Annual report of the Punjab Veterinary College and of the Civil Veterinary Department, Punjab - 1926-1932
Year: 1926
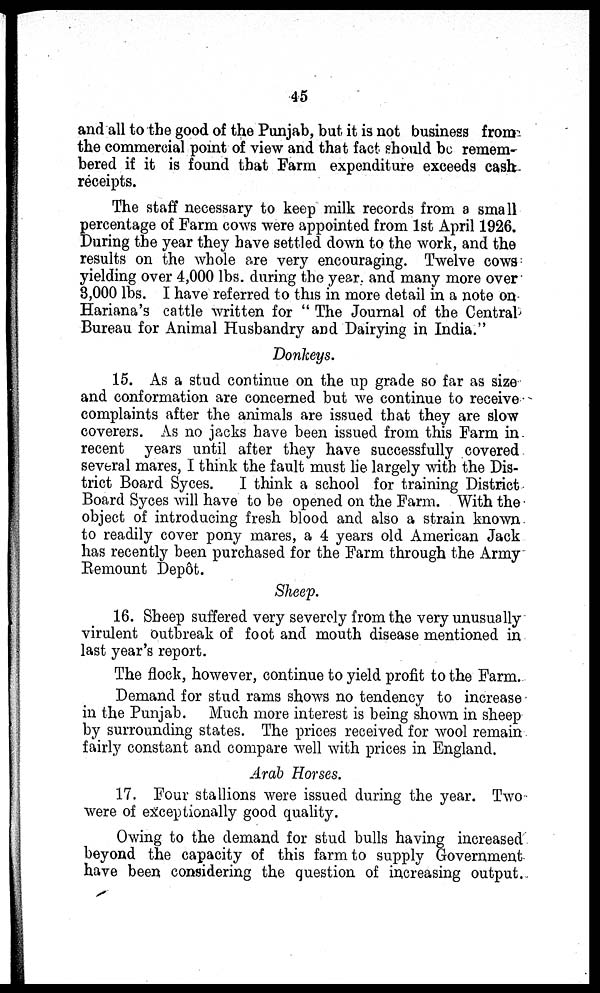
45
and all to the good of the Punjab, but it is not business from
the commercial point of view and that fact should be remem-
bered if it is found that Farm expenditure exceeds cash
receipts.
The staff necessary to keep milk records from a small
percentage of Farm cows were appointed from 1st April 1926.
During the year they have settled down to the work, and the
results on the whole are very encouraging. Twelve cows
yielding over 4,000 lbs. during the year. and many more over
3,000 lbs. I have referred to this in more detail in a note on
Hariana's cattle written for " The Journal of the Central
Bureau for Animal Husbandry and Dairying in India."
Donkeys.
15. As a stud continue on the up grade so far as size
and conformation are concerned but we continue to receive
complaints after the animals are issued that they are slow
coverers. As no jacks have been issued from this Farm in
recent years until after they have successfully covered
several mares, I think the fault must lie largely with the Dis-
trict Board Syces. I think a school for training District
Board Syces will have to be opened on the Farm. With the
object of introducing fresh blood and also a strain known
to readily cover pony mares, a 4 years old American Jack
has recently been purchased for the Farm through the Army
Remount Depôt.
Sheep.
16. Sheep suffered very severely from the very unusually
virulent outbreak of foot and mouth disease mentioned in
last year's report.
The flock, however, continue to yield profit to the Farm.
Demand for stud rams shows no tendency to increase
in the Punjab. Much more interest is being shown in sheep
by surrounding states. The prices received for wool remain
fairly constant and compare well with prices in England.
Arab Horses.
17. Four stallions were issued during the year. Two
were of exceptionally good quality.
Owing to the demand for stud bulls having increased
beyond the capacity of this farm to supply Government
have been considering the question of increasing output.